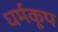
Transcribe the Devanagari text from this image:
धर्मकूप